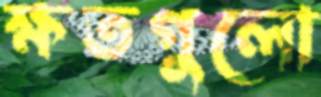
ক্ষতগুলো